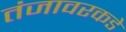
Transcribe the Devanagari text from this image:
तंजावरकडे